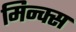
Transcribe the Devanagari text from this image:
मिन्क्स